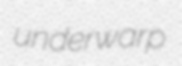
underwarp